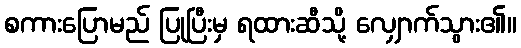
စကားပြောမည် ပြုပြီးမှ ရထားဆီသို့ လျှောက်သွား၏။